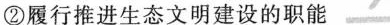
②履行推进生态文明建设的职能